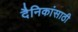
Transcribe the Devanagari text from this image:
दैनिकांसाठी